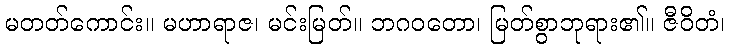
မတတ်ကောင်း။ မဟာရာဇ၊ မင်းမြတ်။ ဘဂဝတော၊ မြတ်စွာဘုရား၏။ ဇီဝိတံ၊